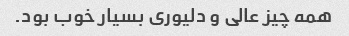
همه چیز عالی و دلیوری بسیار خوب بود.